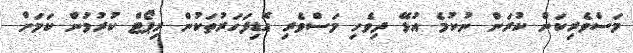
މަސްވެރިކަން ކުރަން ނުކުމެ އުޅޭ ދިވެހި މަސްވެރި އޮޑިފަހަރުތަކުން ރިޕޯޓް ކުރުމުން ކަމަށް